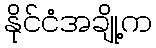
နိုင်ငံအချို့က